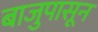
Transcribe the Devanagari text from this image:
बाजुपासून